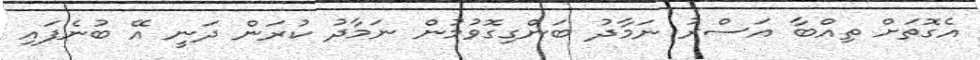
އެގޮތަށް ތިއްބާ އަސްރު ނަމާދު ބަންގިގޮވުމުން ނަމާދު ކުރަން ދަނީ އޭ ބުނެފައި